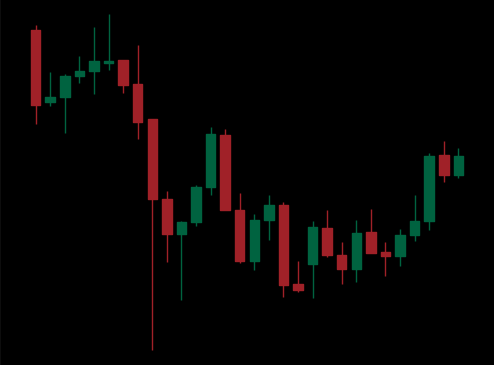
Pattern: unclassified